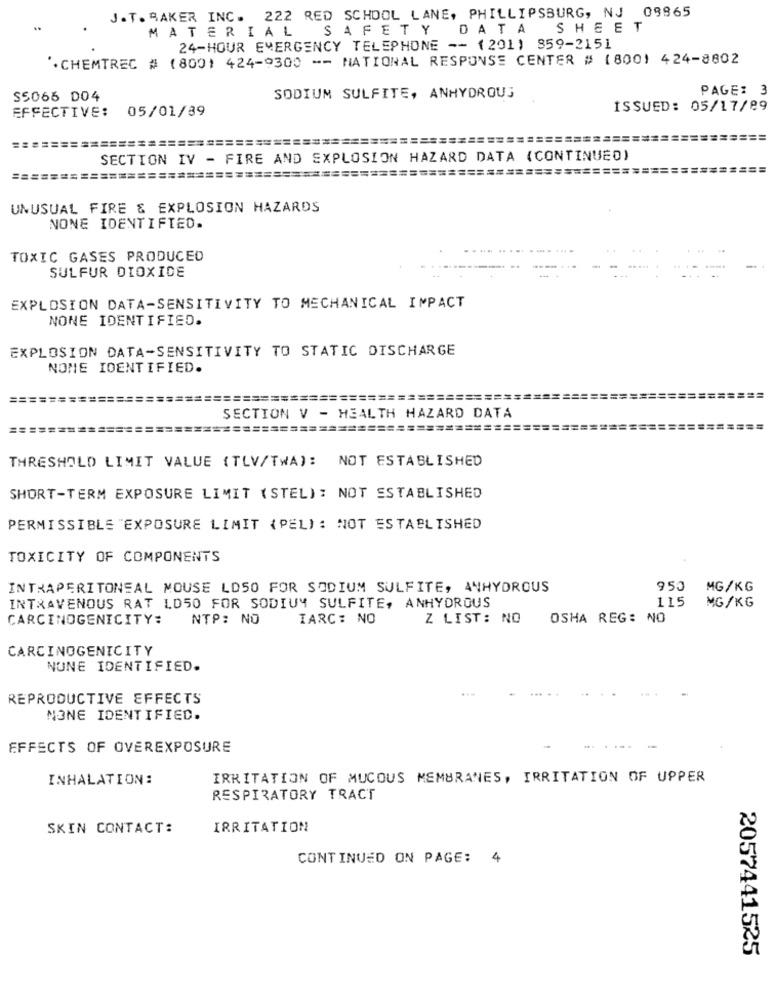
J.T. AAKER INC. 222 RED SCHOOL LANE, PHILLIPSBURG, NJ 09965
MATERIAL SAFETY DATA
SHEET
24-HOUR EMERGENCY TELEPHONE -- (201) 859-2151
. CHEMTREC # ( 800) 424-9300 -- NATIONAL RESPONSE CENTER # (800) 424-8802
PAGE: 3
S5066 004
SODIUM SULFITE, ANHYDROUS
EFFECTIVE: 05/01/89
ISSUED: 05/17/89
===========================================================
SECTION IV - FIRE AND EXPLOSION HAZARD DATA (CONTINUED)
======================================
UNUSUAL FIRE & EXPLOSION HAZARDS
NONE IDENTIFIED.
TOXIC GASES PRODUCED
SULFUR DIOXIDE
EXPLOSION DATA-SENSITIVITY TO MECHANICAL IMPACT
NONE IDENTIFIED.
EXPLOSION DATA-SENSITIVITY TO STATIC DISCHARGE
NONE IDENTIFIED.
======
==========================================
SECTION V - HEALTH HAZARD DATA
THRESHOLD LIMIT VALUE (TLV/TWA): NOT ESTABLISHED
SHORT-TERM EXPOSURE LIMIT (STEL) : NOT ESTABLISHED
PERMISSIBLE "EXPOSURE LIMIT (PEL) : NOT ESTABLISHED
TOXICITY OF COMPONENTS
INTRAPERITONEAL MOUSE LD50 FOR SODIUM SULFITE, ANHYDROUS
950
MG/KG
115
INTRAVENOUS RAT LD50 FOR SODIUM SULFITE, ANHYDROUS
MG/KG
CARCINOGENICITY:
NTP: NO
IARC: NO
Z LIST: NO
OSHA REG: NO
CARCINOGENICITY
NONE IDENTIFIED.
....
REPRODUCTIVE EFFECTS
NONE IDENTIFIED.
EFFECTS OF OVEREXPOSURE
INHALATION:
IRRITATION OF MUCOUS MEMBRANES, IRRITATION OF UPPER
RESPIRATORY TRACT
SKIN CONTACT:
IRRITATION
CONTINUED ON PAGE: 4
2057441525